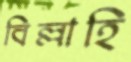
বিল্লাহি